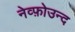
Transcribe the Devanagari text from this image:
नेव्फ़ोउन्द